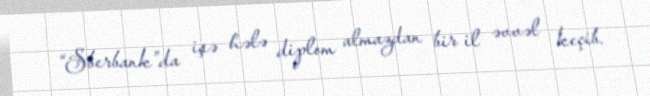
“Sberbank”da işə hələ diplom almazdan bir il əvvəl keçib.